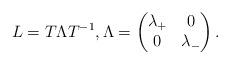
LaTeX: \begin{gather*}L=T\Lambda T^{-1}, \Lambda = \begin{pmatrix}\lambda_+&0\\ 0&\lambda_-\end{pmatrix}.\end{gather*}